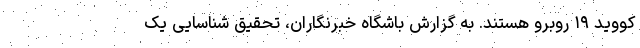
کووید ۱۹ روبرو هستند. به گزارش باشگاه خبرنگاران، تحقیق شناسایی یک